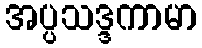
အပ္ပသဒ္ဒကာမာ